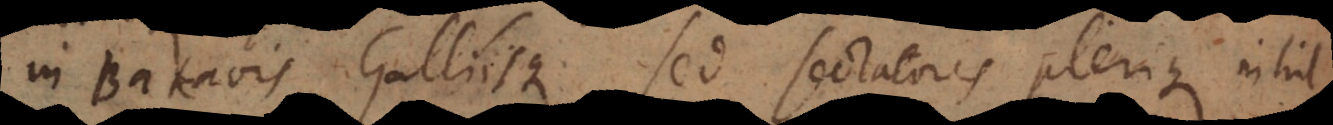
in Batavis Galliisque, sed sectatores plerique nihil